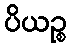
ပိယဉ္စ